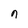
Character: n